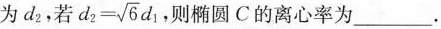
为d_{2}，若$$d_{2}= \sqrt{6}d_{1}$$ ，则椭圆C的离心率为___.